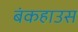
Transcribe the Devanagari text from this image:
बंकहाउस